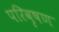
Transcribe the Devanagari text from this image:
परिवृषण